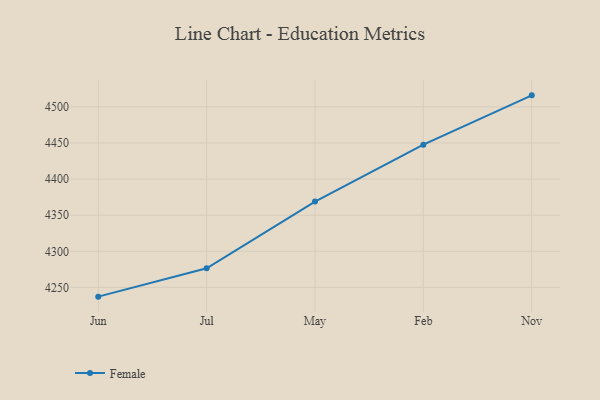
{"axis": {"x": "Month", "y": "Website Visitors"}, "legend": ["Female"], "data": [{"x": "Jun", "y": 4237.2, "type": "Female"}, {"x": "Jul", "y": 4276.5, "type": "Female"}, {"x": "May", "y": 4368.9, "type": "Female"}, {"x": "Feb", "y": 4447.7, "type": "Female"}, {"x": "Nov", "y": 4516.0, "type": "Female"}]}